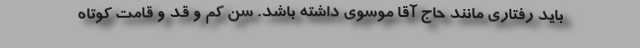
باید رفتاری مانند حاج آقا موسوی داشته باشد. سن کم و قد و قامت کوتاه